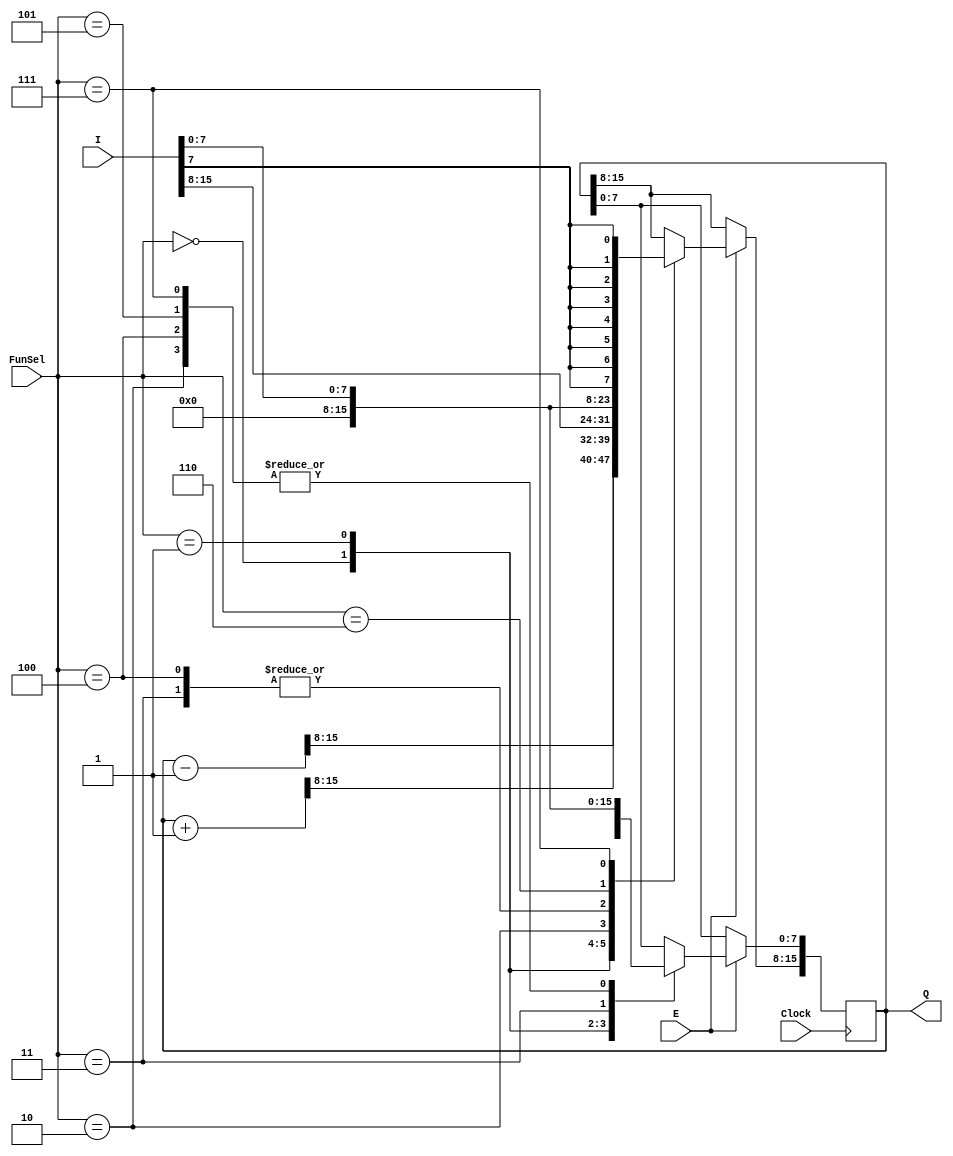
`timescale 1ns / 1ps
//////////////////////////////////////////////////////////////////////////////////
// Company: 
// Engineer: 
// 
// Design Name: 
// Module Name: register_16bit
// Project Name: 
// Target Devices: 
// Tool Versions: 
// Description: 
// 
// Dependencies: 
// 
// Revision:
// Revision 0.01 - File Created
// Additional Comments:
// 
//////////////////////////////////////////////////////////////////////////////////


module Register(FunSel,I,E,Q,Clock);
    input wire [2:0] FunSel;
    input wire [15:0] I;
    input wire E;
    input wire Clock;
    output reg [15:0] Q;
    
    
always @(posedge Clock)
begin
    if(E)begin
        case(FunSel)
            3'b000:Q<=Q-1;
            3'b001:Q<=Q+1;
            3'b010:Q<=I;
            3'b011:Q<=16'd0;
            3'b100:Q<={16'b0,I[7:0]};
            3'b101:Q[7:0]<=I[7:0];
            3'b110:Q[15:8]<=I[7:0];
            3'b111:begin
            Q[15:8]<={8{I[7]}};
            Q[7:0]<=I[7:0];
            end
         endcase
    end
            
     
end

endmodule